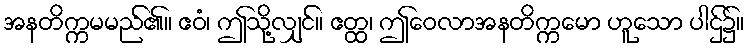
အနတိက္ကမမည်၏။ ဧဝံ၊ ဤသို့လျှင်။ ဧတ္ထ၊ ဤဝေလာအနတိက္ကမော ဟူသော ပါဌ်၌။